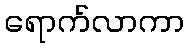
ရောက်လာကာ